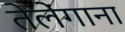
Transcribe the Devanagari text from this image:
तेलेंगाना